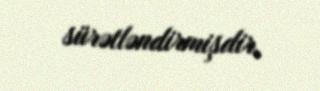
sürətləndirmişdir.